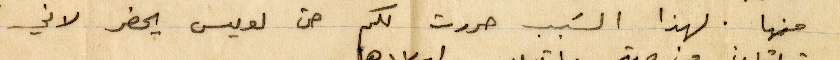
منها. لهذا السبب حررت لكم حتى لويس يحضر لاني